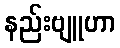
နည်းဗျူဟာ